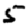
Digit: 5